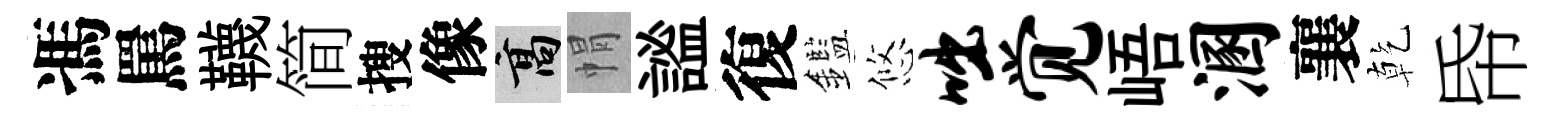
馮罵韈简搜像高㡌謐復鑑悠咄觉峿溷襄乾帋